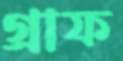
গ্রাফ